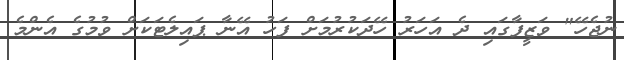
ނުޖެހޭ" ވަޒީފާގައި ދެ އަހަރު ހޭދަކުރުމަށް ފަހު އޭނާ ޕައިލެޓަކަށް ވުމުގެ އެންމެ